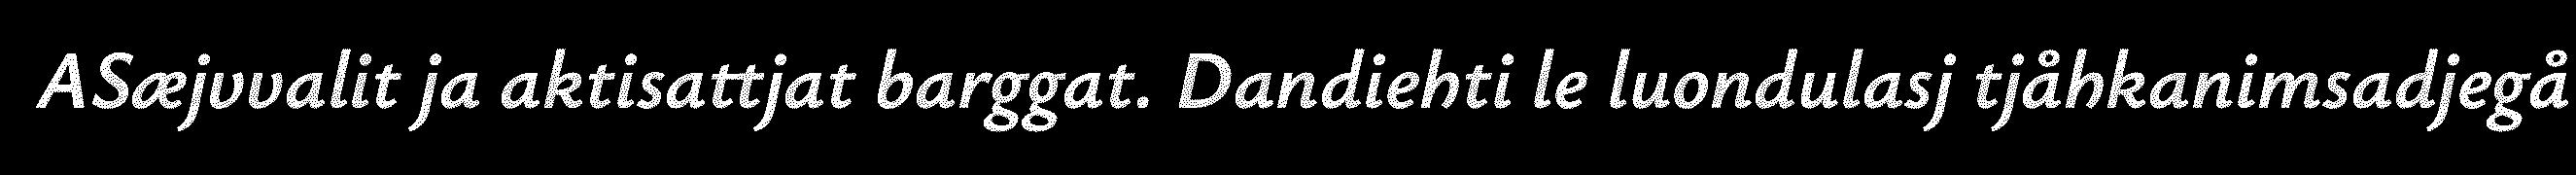
ASæjvvalit ja aktisattjat barggat. Dandiehti le luondulasj tjåhkanimsadjegå